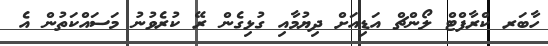
ހާބަރ ކްރާފްޓް ލޯންޗް އަޑިއަށް ދިޔުމާއި ގުޅިގެން ރޭ ކުރެވުނު މަސައްކަތުން އެ